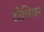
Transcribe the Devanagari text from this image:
टोलिवर